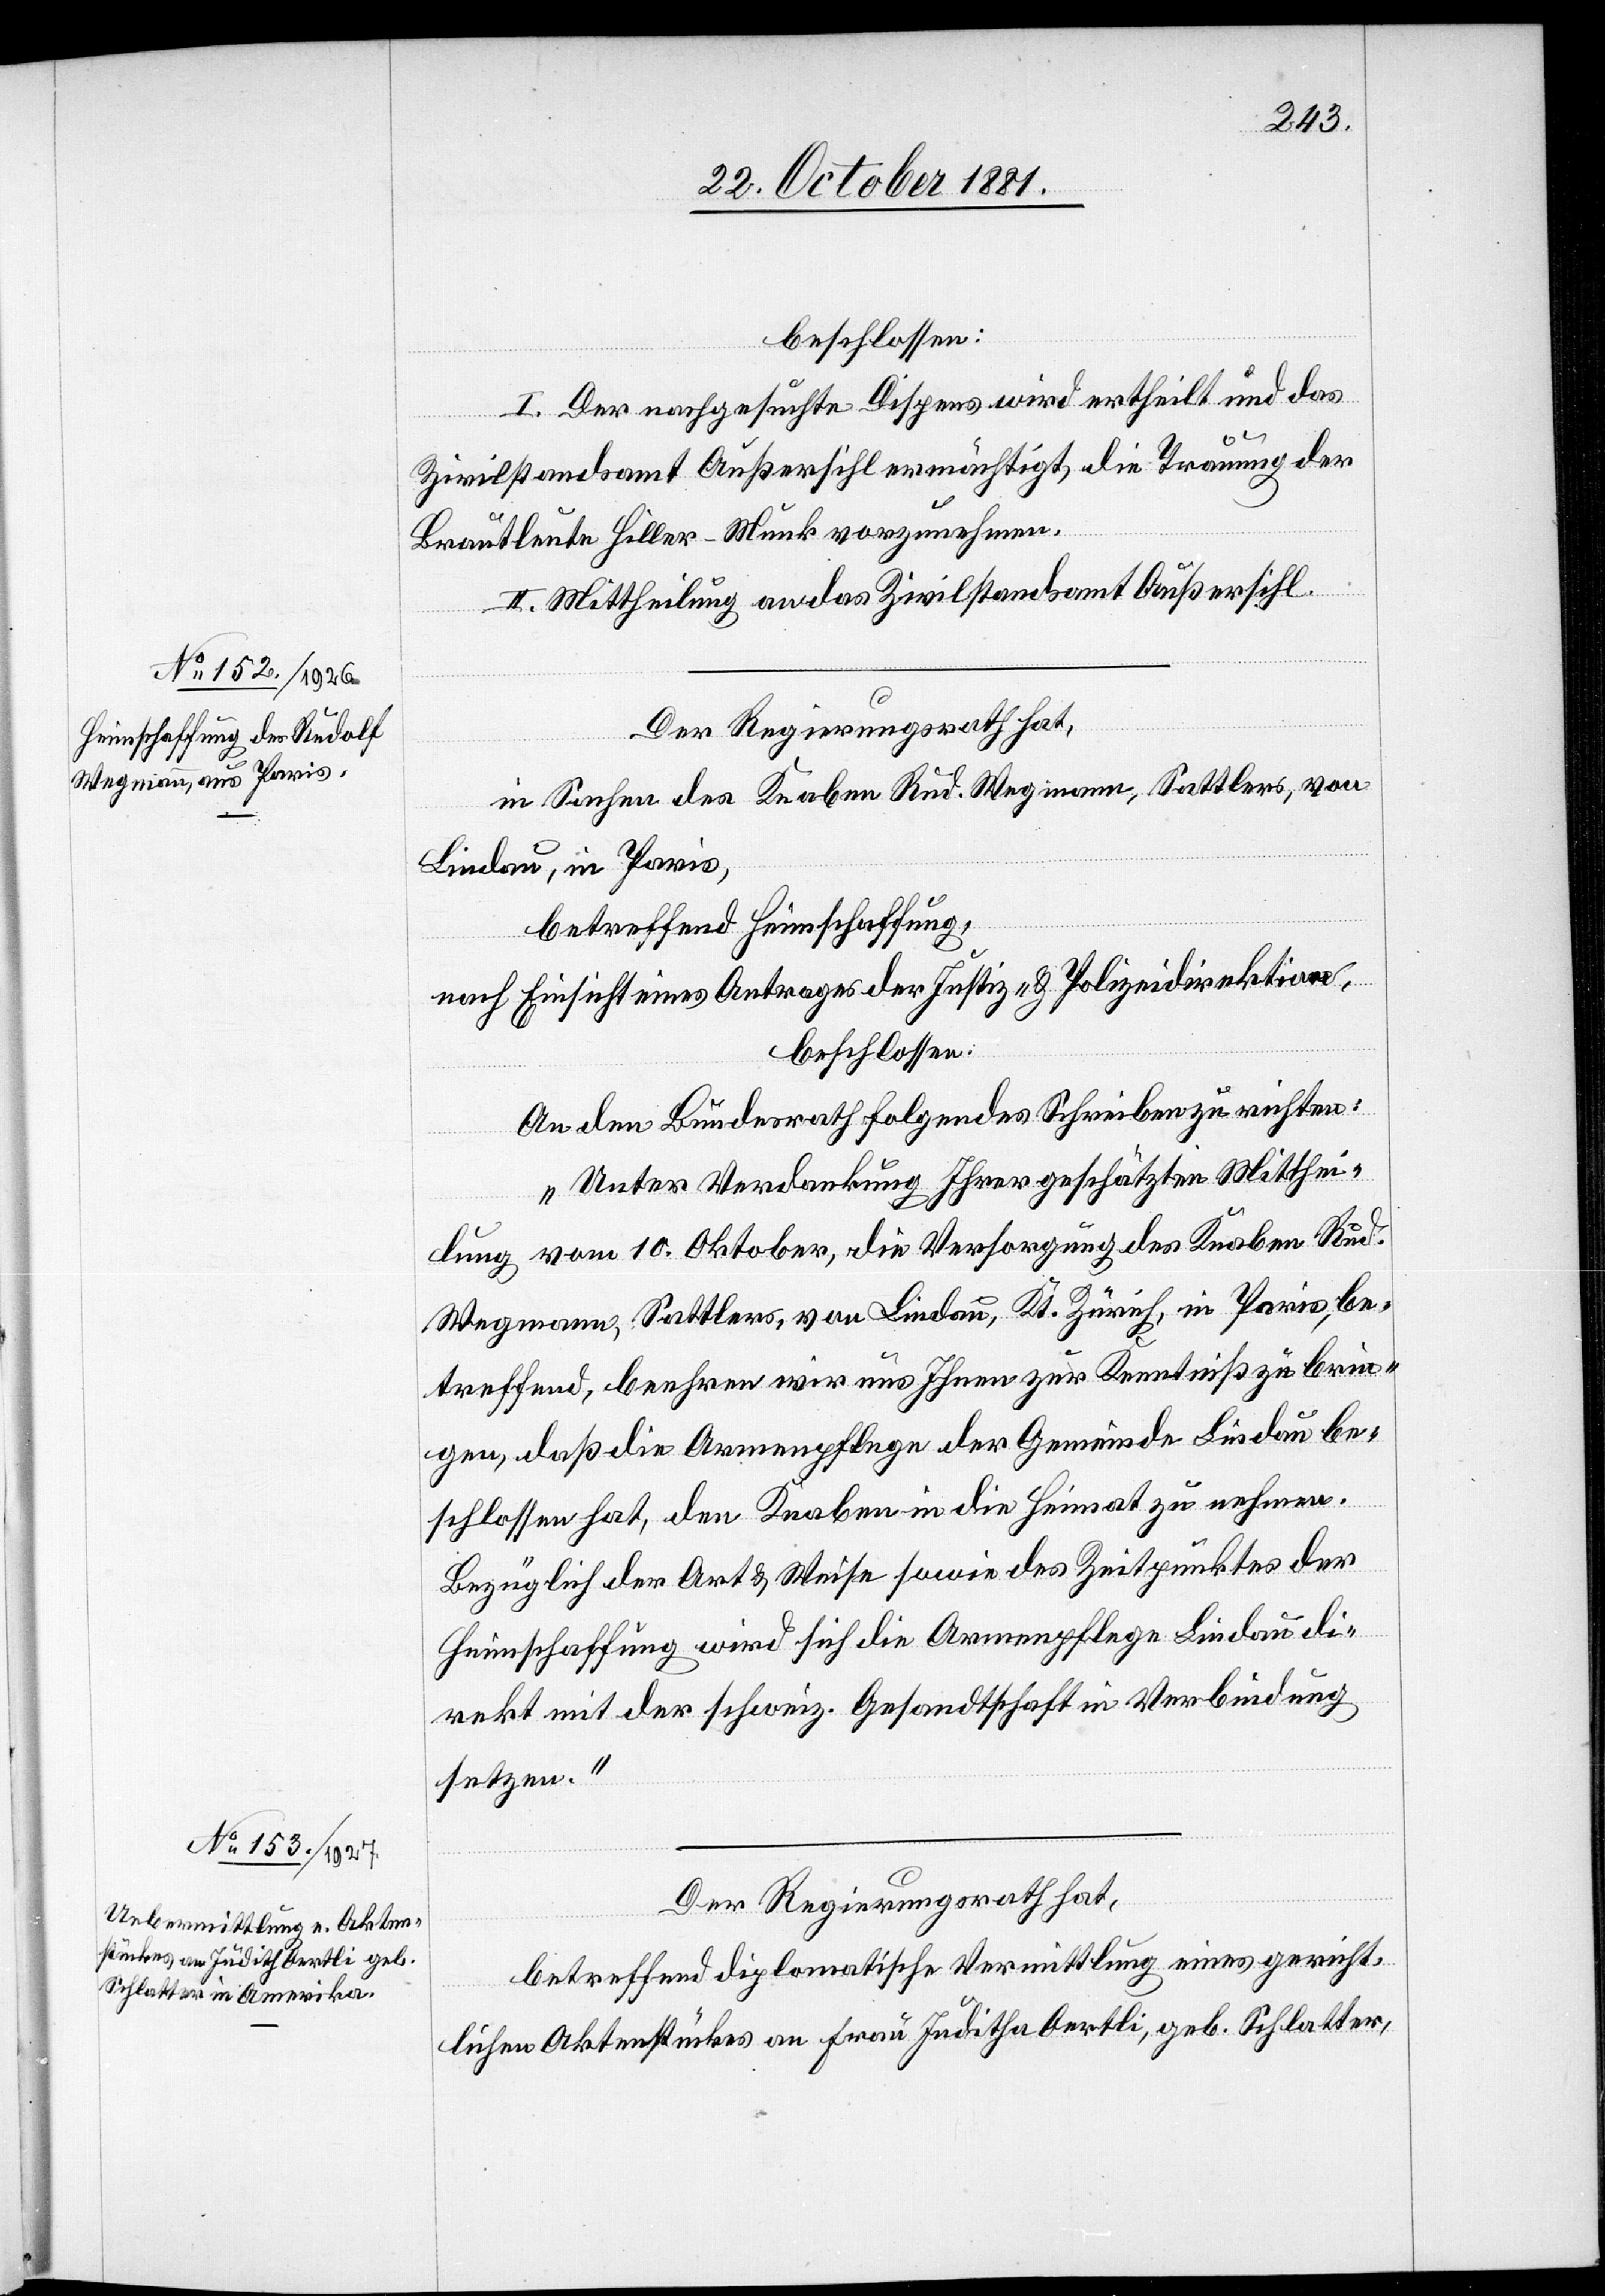
beschlossen:
I. Der nachgesuchte Dispens wird erhteilt und das
Zivilstandsamt Außersihl ermächtigt, die Trauung der
Brautleute Hiller-Munk vorzunehmen.
II. Mittheilung an das zivilstandsamt Außersihl.
Der Regierungsrath hat,
in Sachen des Knaben Rud. Wegmann, Sattlers, von
Lindau, in Paris,
betreffend Heimschaffung,
nach Einsicht eines Antrages der Justiz- & Polizeidirektion,
beschlossen:
An den Bundesrath folgendes Schreiben zu richten:
„Unter Verdankung Ihrer geschätzten Mitthei¬
lung vom 10. Oktober, die Versorgung des Knaben Rud.
Wegmann, Sattlers, von Lindau, Kt. Zürich, in Paris, be¬
treffend, beehren wir uns Ihnen zur Kenntniß zu brin¬
gen, daß die Armenpflege der Gemeinde Lindau be¬
schlossen hat, den Knaben in die Heimat zu nehmen.
Bezüglich der Art & Weise sowie des Zeitpunktes der
Heimschaffung wird sich die Armenpflege Lindau di¬
rekt mit der schweiz. Gesandtschaft in Verbindung
setzten.“
Der Regierungsrath hat,
betreffend diplomatische Vermittlung eines gericht¬
lichen Aktenstückes an Frau Juditha [sic!] Oertli, geb. Schlatter,